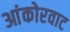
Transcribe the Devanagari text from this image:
आंकोरवाट